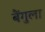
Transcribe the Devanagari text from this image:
बैंगुला